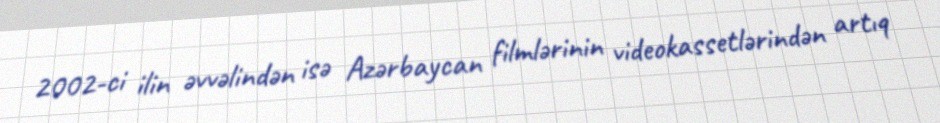
2002-ci ilin əvvəlindən isə Azərbaycan filmlərinin videokassetlərindən artıq